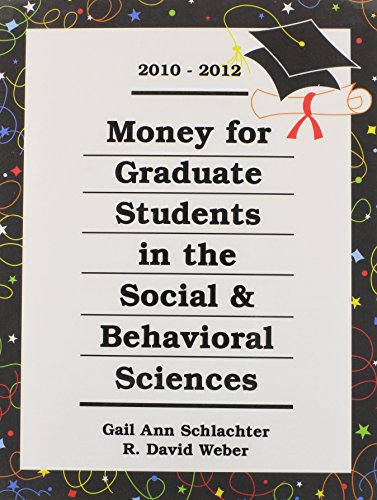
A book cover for Money for Graduate Students in the Social & Behavioral Sciences 2010-2012 (Money for Graduate Students in the Social and Behavioral Sciences); Gail Ann Schlachter; Business & Money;